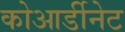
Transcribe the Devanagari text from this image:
कोआर्डीनेट